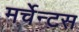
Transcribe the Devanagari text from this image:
मर्चेन्टस